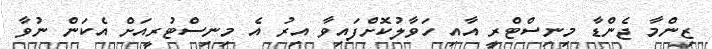
ޒިންމާ ޖެންޑާ މިނިސްޓްރީ އާއި ހަވާލުކޮށްފައިވާ އިރު އެ މިނިސްޓުރީއަށް އެކަން ނުވާ